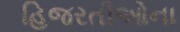
હિજરતીઓના